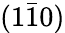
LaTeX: (1\bar{1}0)